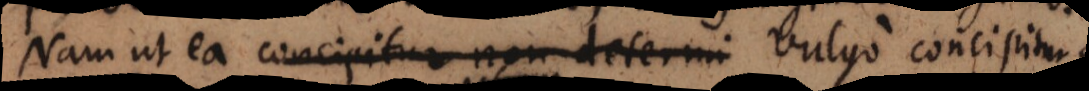
Nam ut ea concipitur non determi vulgo concipitur,